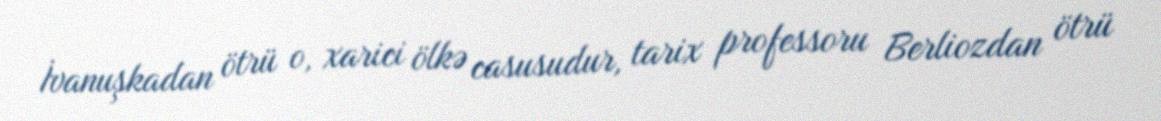
İvanuşkadan ötrü o, xarici ölkə casusudur, tarix professoru Berliozdan ötrü